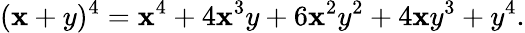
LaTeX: (\mathbf{x}+y)^{4}=\mathbf{x}^{4}+4\mathbf{x}^{3}y+6\mathbf{x}^{2}y^{2}+4\mathbf{x}y^{3}+y^{4}.